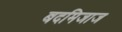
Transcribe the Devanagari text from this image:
बदमिजाज